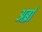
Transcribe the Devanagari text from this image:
अर्ब्रा